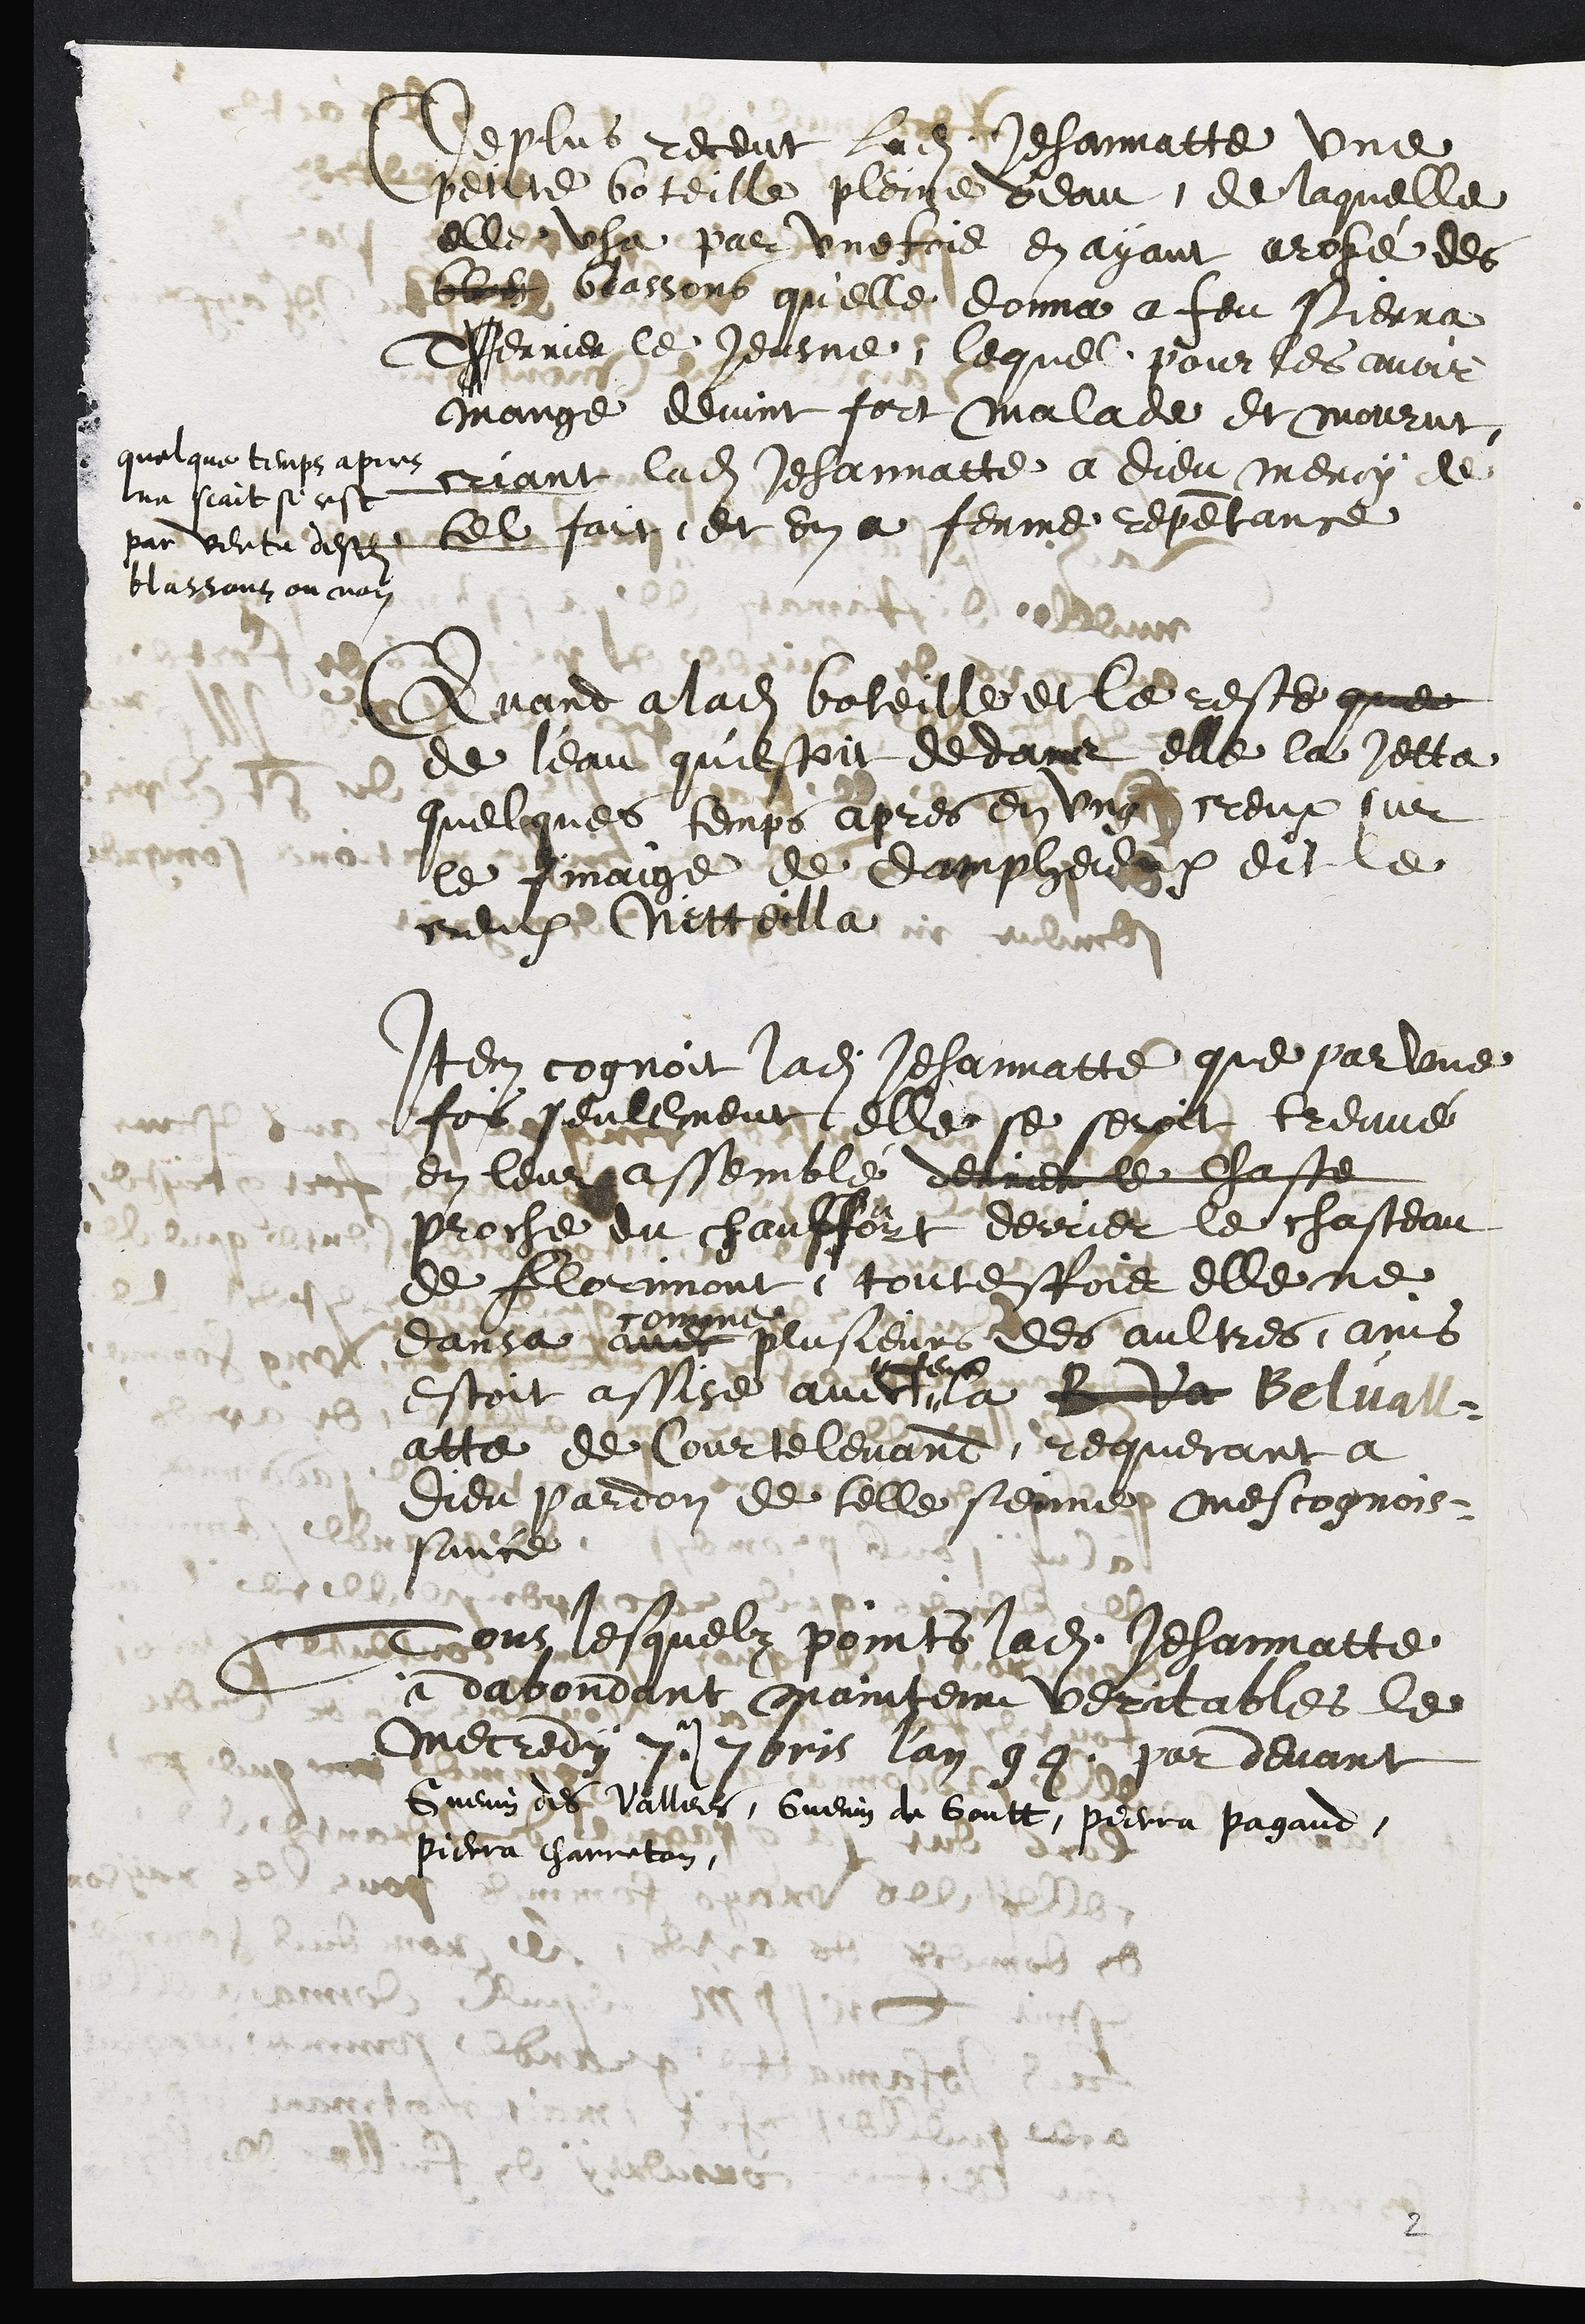
De plus receut ladite Jehannatte une
petite boteille pleine d'eau, de laquelle
elle usa par une fois en ayant arosé des
bles blassons quelle donna a feu Pierra
Therrier le Jeusne, lequel pour les avoir
mange devint fort malade et mourut
quelque temps apres
ne scait si cest
par vertu desdits
blassons ou non
criant ladite Jehannatte a Dieu mercy de
tel faict et en a ferme repentance
Quand a ladite boteille et le reste que
de l'eau qu'estoit dedans elle la jetta
quelques temps apres en ung creux sur
le finaige de Damphreux dit le
creux Netteilla
Item cognoit ladite Jehannatte que par une
fois seulement elle se seroit treuvé
en leur assemblé derrier le chaste
proche du chauffourt derrier le chasteau
de Florimont, touteffois elle ne
dansa avec
comme
plusieurs des aultres, ains
estoit assise avec
feue
la B Va Belvall¬
atte de Courtelevand, requerant a
Dieu pardon de telle sienne mescognois¬
sance.
Tous lesquelz points ladite Jehannatte
a depondant maintenu veritables le
mecredy 7e 7bris l'an 94 par devant
Guenin de Vallees, Guenin de Goutt, Pierra pagand,
Pierra charreton,
2